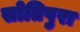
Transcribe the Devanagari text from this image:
सोतिपुरा